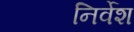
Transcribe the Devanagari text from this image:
निर्वेश